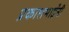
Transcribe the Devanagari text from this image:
प्रकाशभाईंनी